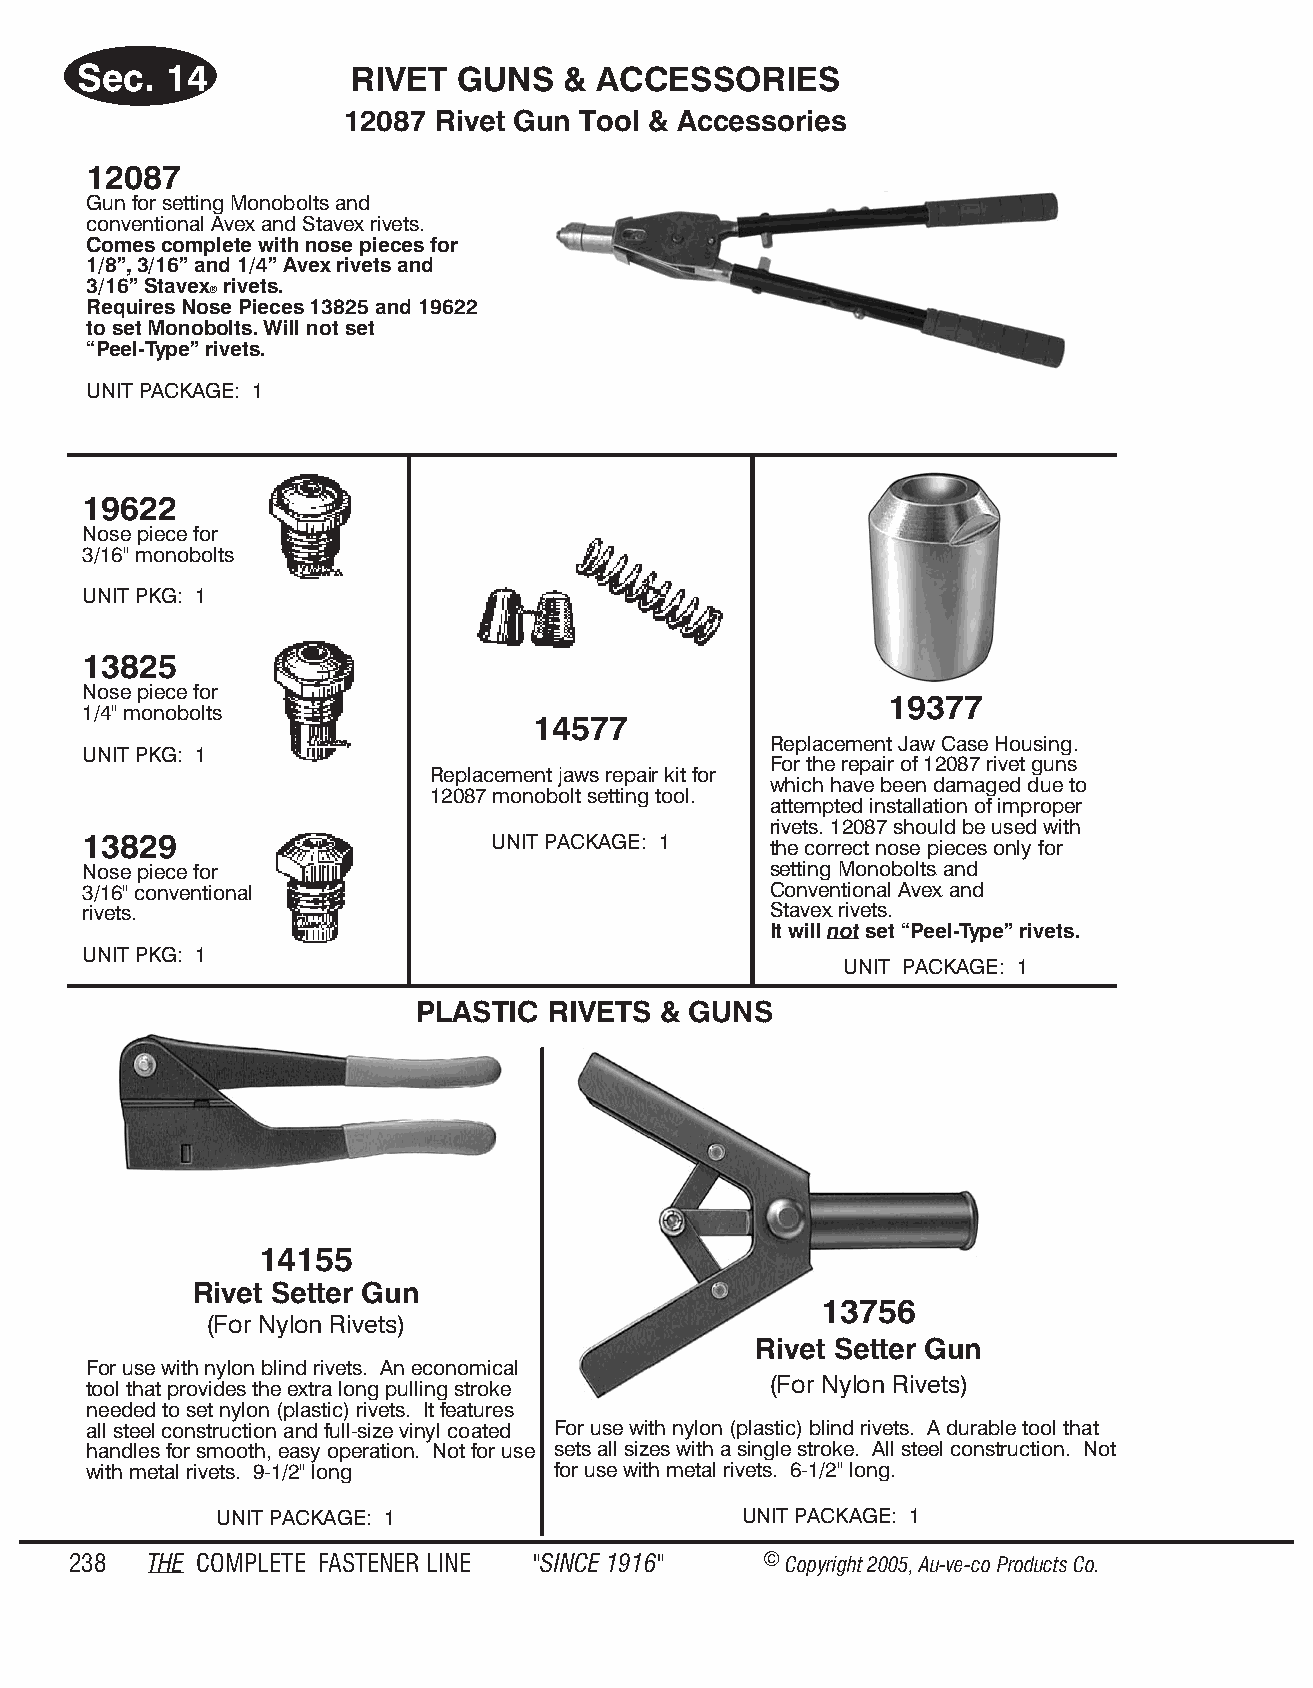
Sec.  14          RIVET  GUNS    & ACC ES SOR  IES
 12087 Rivet Gun Tool & Acc ess o ries
 12087
 Gun for setting Monobolts and
 conventional Avex and Stavex rivets.
 Comes complete with nose pieces for
 1/8”, 3/16” and 1/4” Avex rivets and
 3/16” Stavex rivets.
 ®
 Requires Nose Pieces 13825 and 19622
 to set Monobolts. Will not set
 “Peel-Type” rivets.
 UNIT PACKAGE: 1
 19622
 Nose piece for
 3/16" monobolts
 UNIT PKG: 1
 13825
 Nose piece for
 19377
 1/4" monobolts
 14577
 Replacement Jaw Case Housing.
 UNIT PKG: 1
 For the repair of 12087 rivet guns
 Replacement jaws repair kit for
 which have been damaged due to
 12087 monobolt setting tool.
 attempted installation of improper
 rivets. 12087 should be used with
 13829                      UNIT PACKAGE: 1   the correct nose pieces only for
 Nose piece for                               setting Monobolts and
 ®
 3/16" conventional                           Conventional Avex and
 ®
 rivets.                                      Stavex rivets.
 ®
 It will not set “Peel-Type” rivets.
 UNIT PKG: 1
 UNIT PACKAGE: 1
 PLAS TIC RIV ETS & GUNS
 14155
 Rivet Setter Gun
 13756
 (For Ny lon Riv ets)
 Rivet Setter Gun
 For use with nylon blind rivets. An economical
 tool that provides the extra long pulling stroke (For Ny lon Riv ets)
 needed to set nylon (plastic) rivets. It features
 all steel construction and full-size vinyl coated For use with nylon (plastic) blind rivets. A durable tool that
 handles for smooth, easy operation. Not for use sets all sizes with a single stroke. All steel construction. Not
 with metal rivets. 9-1/2" long for use with metal rivets. 6-1/2" long.
 UNIT PACKAGE: 1                   UNIT PACKAGE: 1
 238  THE COM PLETE FAST ENER LINE "SINCE 1916" © Copyr ight 2005, Au-ve-co Produ cts Co.